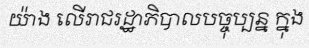
យ៉ាង លើរាជរដ្ឋាភិបាលបច្ចុប្បន្ន ក្នុង